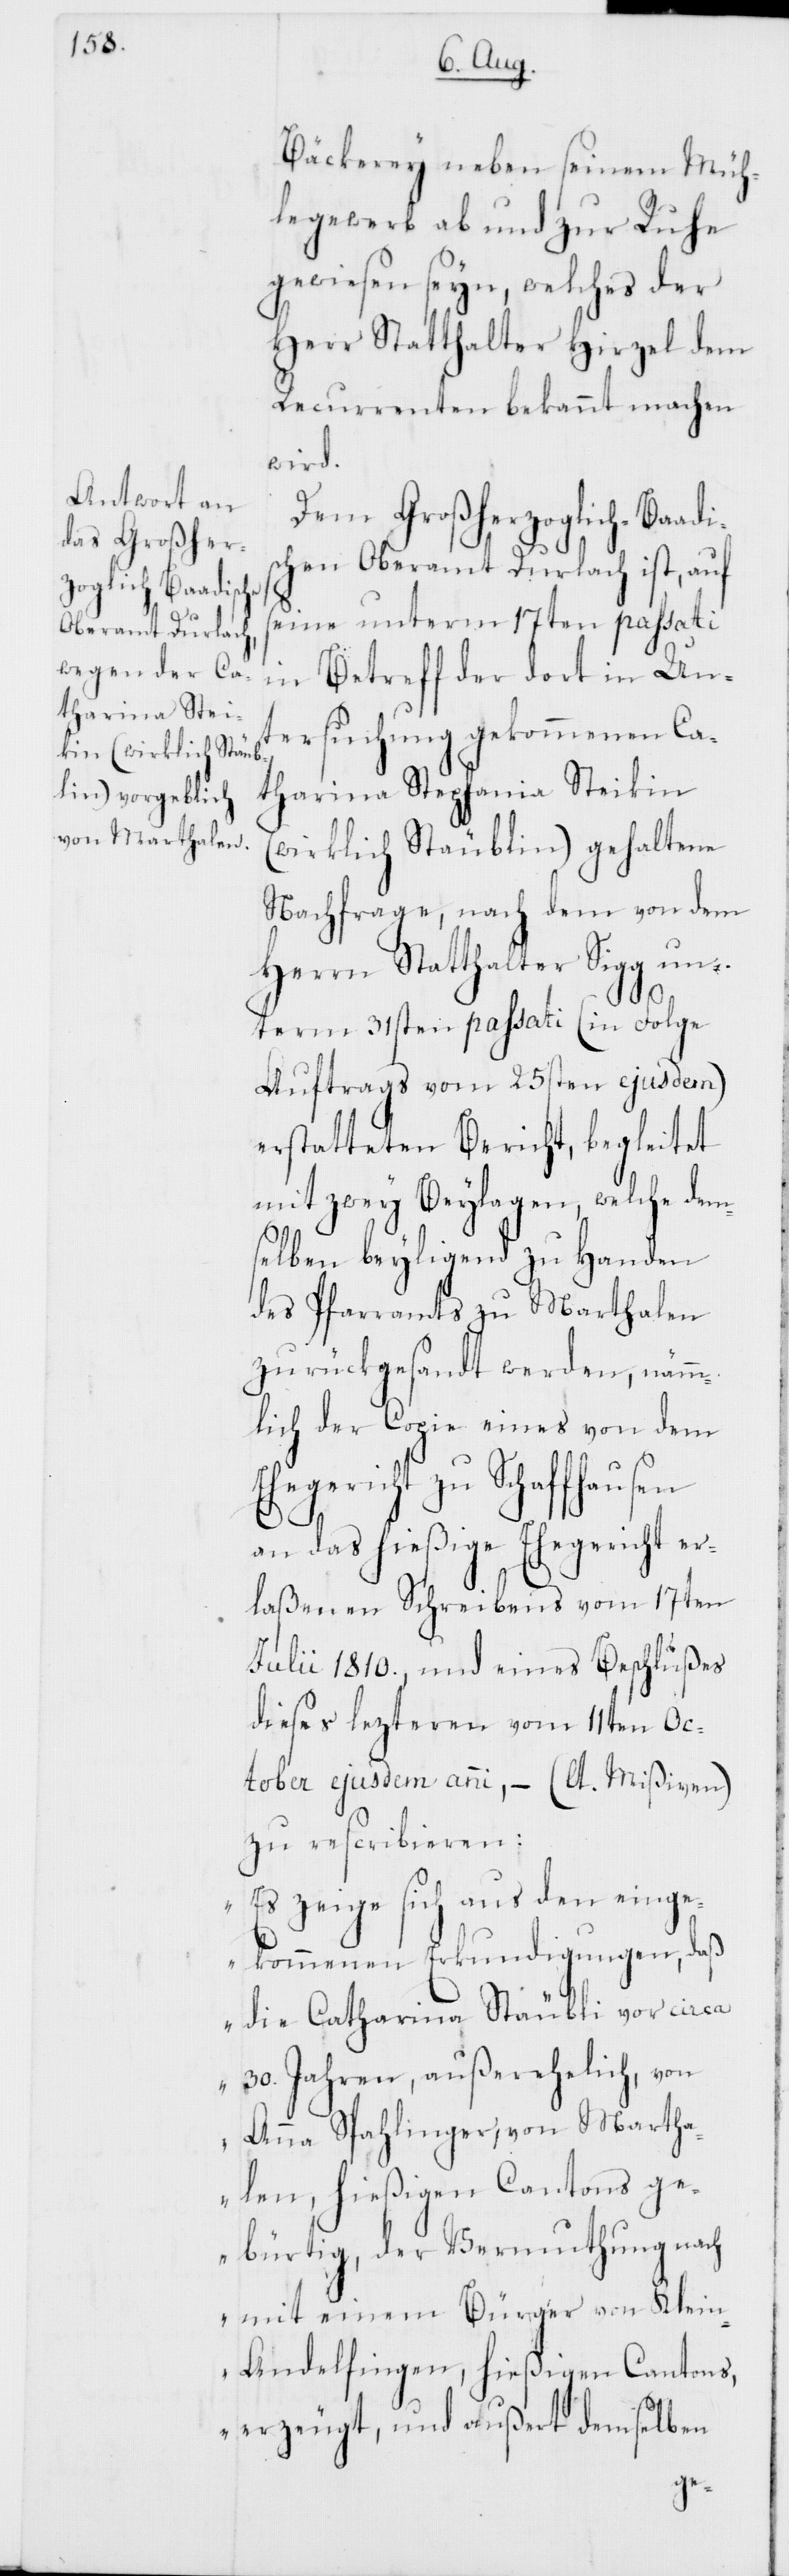
Ehe¬

Bäckerey neben seinem Müh¬
legewerb ab und zur Ruhe
gewiesen seyn, welches der
Herr Statthalter Hirzel dem
Recurrenten bekannt machen
wird.
Dem Großherzoglich-Baadi¬
schen Oberamt Durlach ist, auf
seine unterm 17ten passati
in Betreff der dort in Un¬
tersuchung gekommenen Ca¬
tharina Stephania Steikin
(wirklich Stäublin) gehaltene
Nachfrage, nach dem von dem
Herrn Statthalter Sigg un¬
term 31sten passati (in Folge
Auftrags vom 25sten ejusdem)
erstatteten Bericht, begleitet
mit zwey Beylagen, welche dem¬
selben beyliegend zu Handen
des Pfarramts zu Marthalen
zurückgesandt werden, nämm¬
lich der Copie eines von dem
gericht zu Schaffhausen
an das hießige Ehegericht er¬
laßenen Schreibens vom 17ten
Julii 1810., und eines Beschlußes
dieses lezteren vom 11ten Oc¬
tober ejusdem anni, – (lt. Mißiven)
zu rescribieren:
„Es zeige sich aus den einge¬
kommenen Erkundigungen, daß
die Catharina Stäubli vor circa
30. Jahren, außerehelich, von
Anna Spahlinger, von Martha¬
len, hießigen Cantons ge¬
bürtig, der Vermuthung nach
mit einem Bürger von Klei¬
n-Andelfingen, hießigen Cantons,
erzeugt, und außert demselben